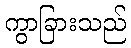
ကွာခြားသည်